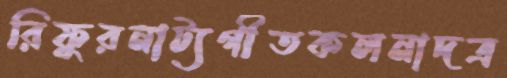
রিফুরনাট্যগীতকলনাদত্র